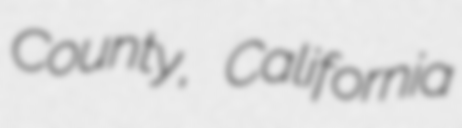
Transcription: County, California